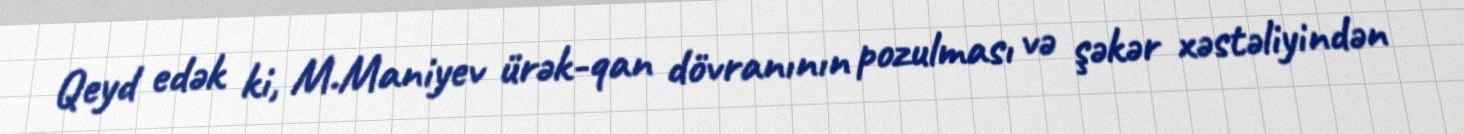
Qeyd edək ki, M.Maniyev ürək-qan dövranının pozulması və şəkər xəstəliyindən